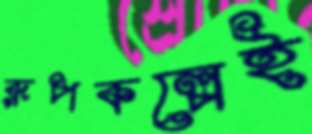
রূপকল্পেই